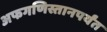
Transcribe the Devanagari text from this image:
अफगणिस्तानपर्यंत